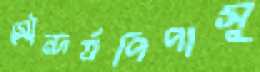
সৌন্দর্যপিপাসু